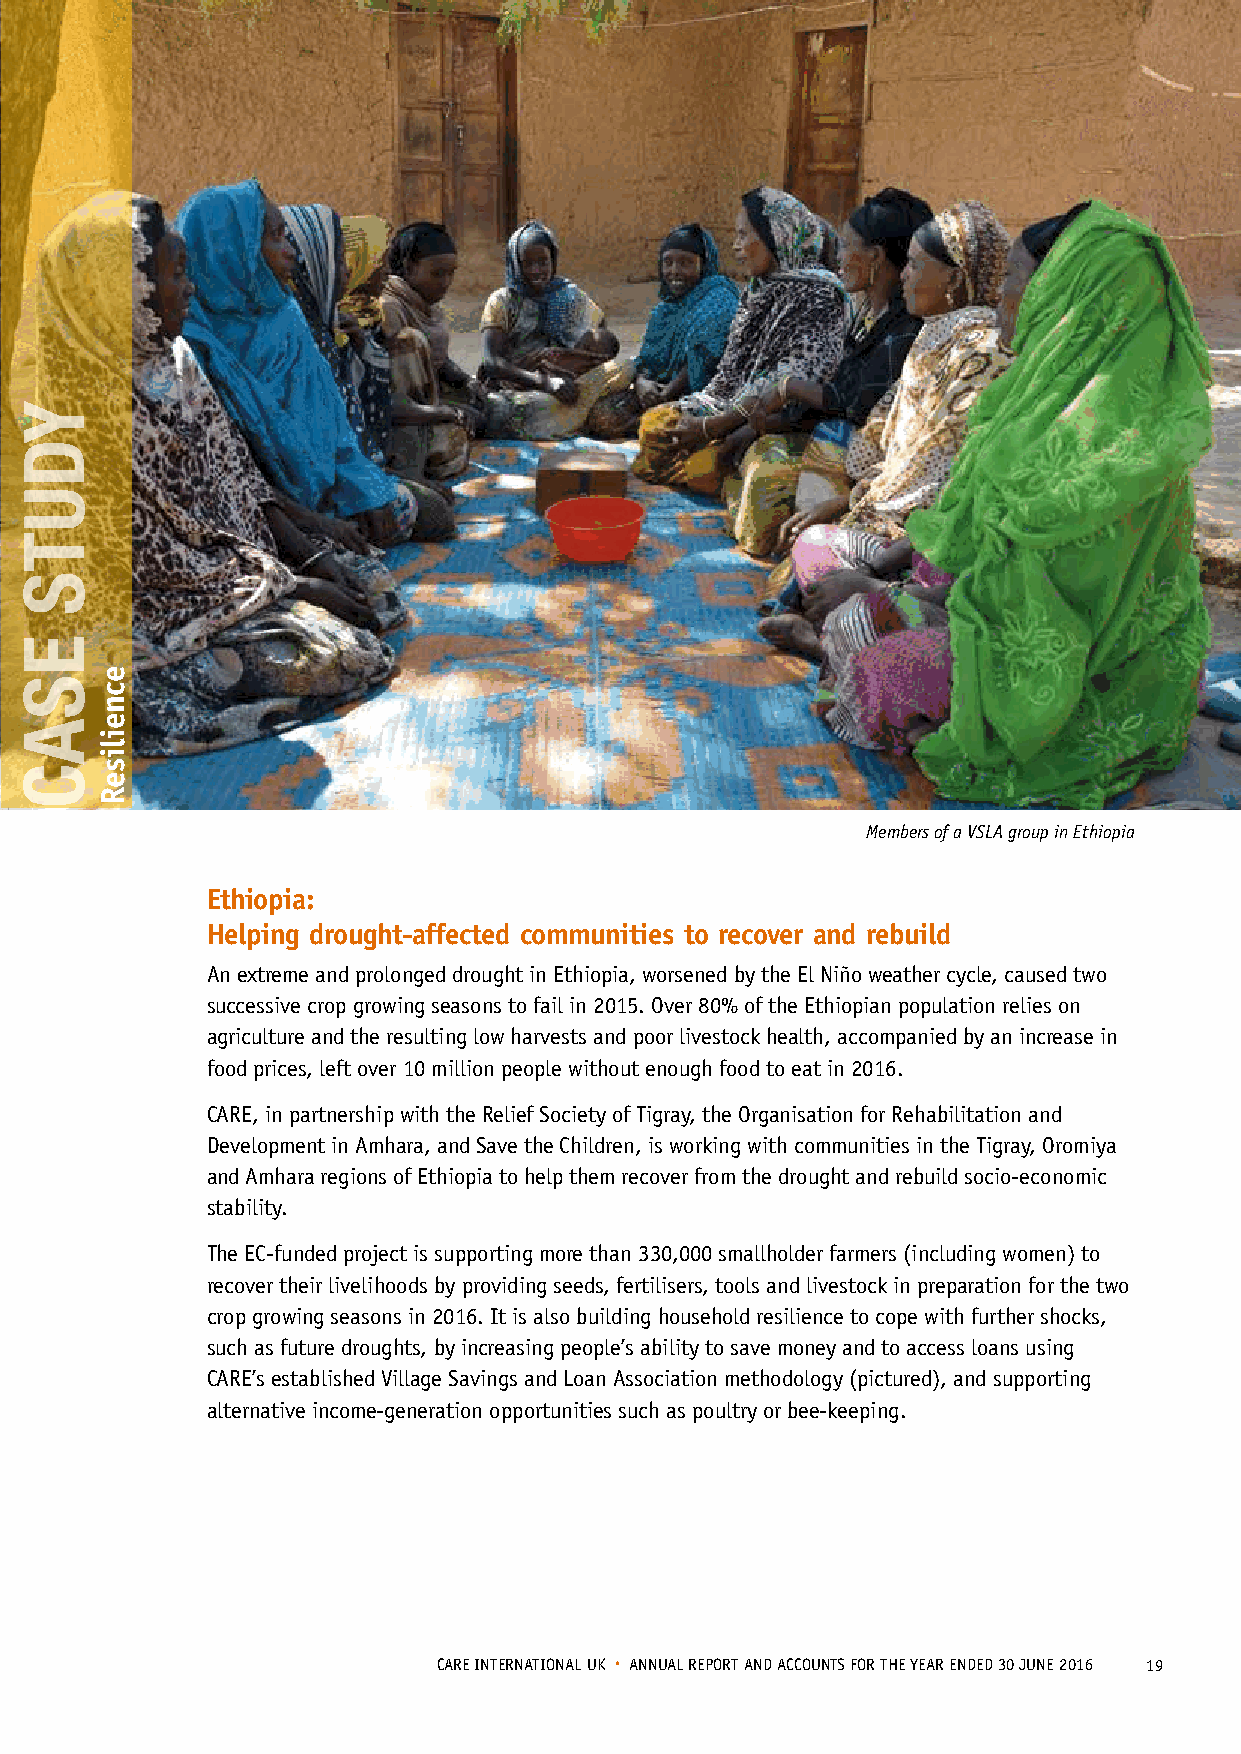
Members of a VSLA group in Ethiopia
 Ethiopia:
 Helping drought-affected communities to recover and rebuild
 An extreme and prolonged drought in Ethiopia, worsened by the El Niño weather cycle, caused two
 successive crop growing seasons to fail in 2015. Over 80% of the Ethiopian population relies on
 agriculture and the resulting low harvests and poor livestock health, accompanied by an increase in
 food prices, left over 10 million people without enough food to eat in 2016.
 CARE, in partnership with the Relief Society of Tigray, the Organisation for Rehabilitation and
 Development in Amhara, and Save the Children, is working with communities in the Tigray, Oromiya
 and Amhara regions of Ethiopia to help them recover from the drought and rebuild socio-economic
 stability.
 The EC-funded project is supporting more than 330,000 smallholder farmers (including women) to
 recover their livelihoods by providing seeds, fertilisers, tools and livestock in preparation for the two
 crop growing seasons in 2016. It is also building household resilience to cope with further shocks,
 such as future droughts, by increasing people’s ability to save money and to access loans using
 CARE’s established Village Savings and Loan Association methodology (pictured), and supporting
 alternative income-generation opportunities such as poultry or bee-keeping.
 CARE INTERNATIONAL UK • ANNUAL REPORT AND ACCOUNTS FOR THE YEAR ENDED 30 JUNE 2016 19
 YDUTS
 ESAC
 ecneiliseR